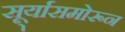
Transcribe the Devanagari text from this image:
सू्र्यासमोरून